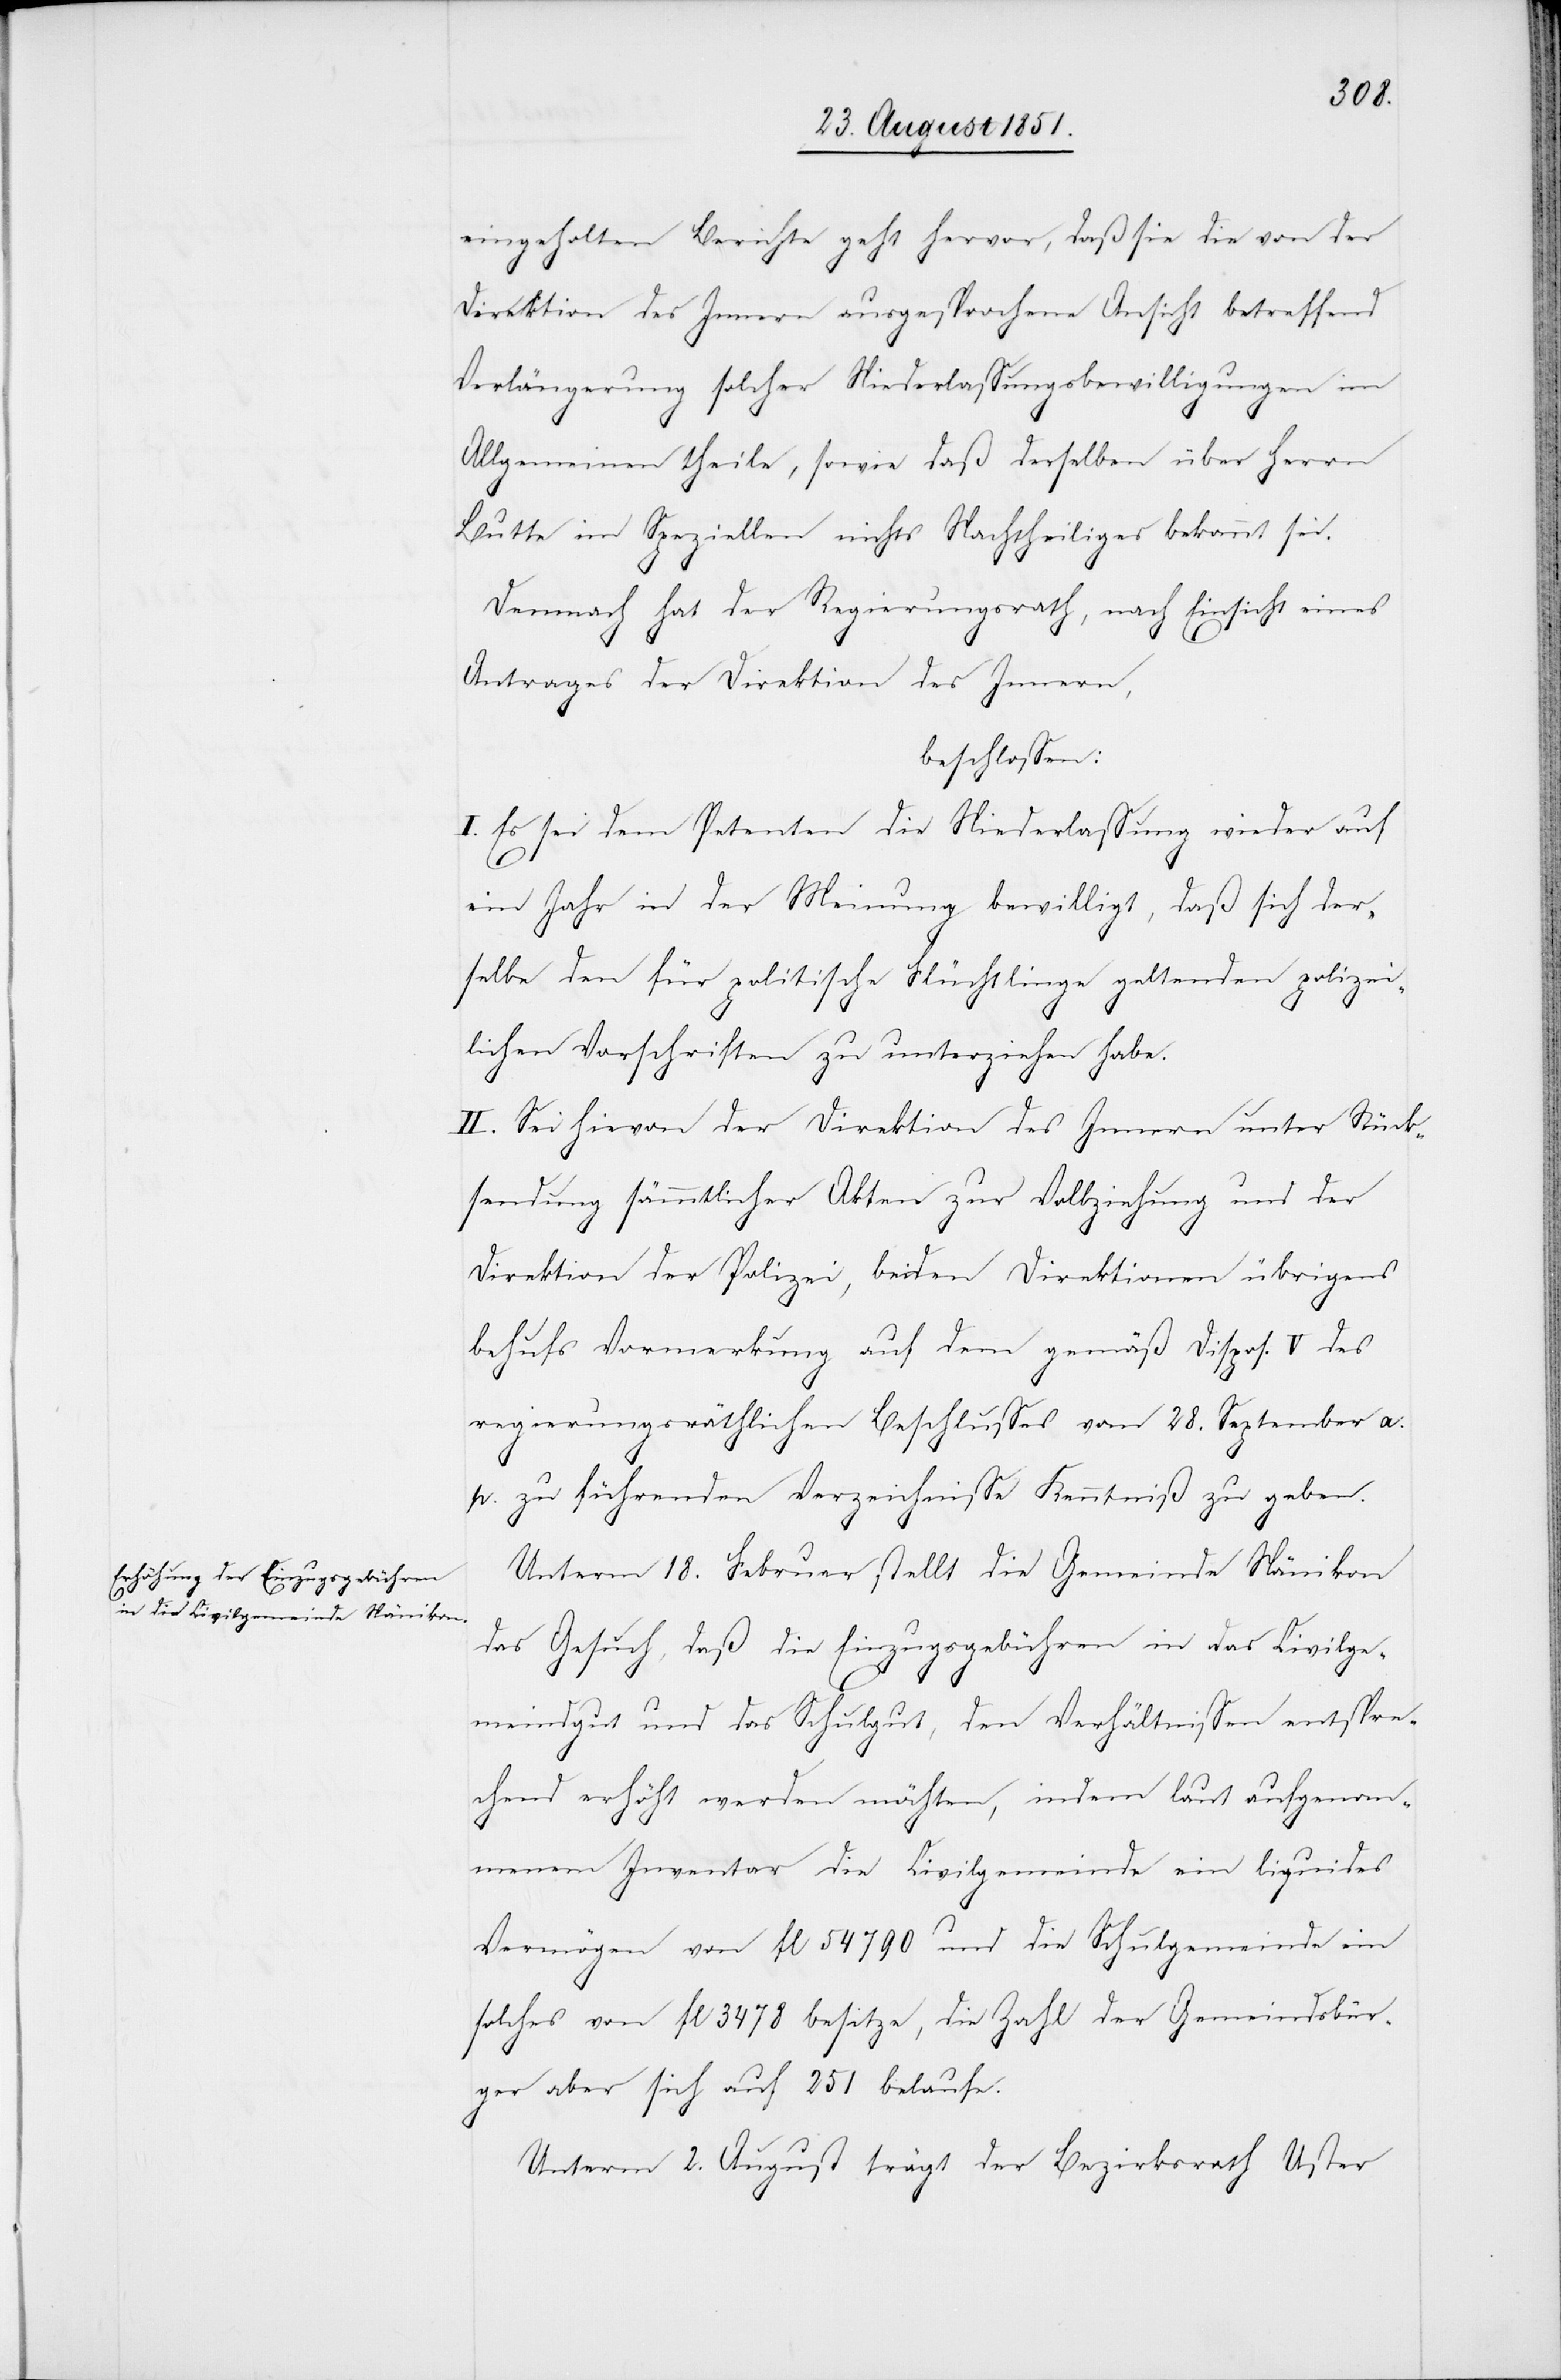
eingeholten Berichte geht hervor, daß sie die von der
Direktion des Innern ausgesprochene Ansicht betreffend
Verlängerung solcher Niederlassungsbewilligungen im
Allgemeinen theile, sowie daß derselben über Herrn
Butte im Speziellen nichts Nachtheiliges bekannt sei.
Demnach hat der Regierungsrath, nach Einsicht eines
Antrages der Direktion des Innern,
beschlossen:
I. Es sei dem Petenten die Niederlassung wieder auf
ein Jahr in der Meinung bewilligt, daß sich der¬
selbe den für politische Flüchtlinge geltenden polizei¬
lichen Vorschriften zu unterziehen habe.
II. Sei hievon der Direktion des Innern unter Rück¬
sendung sämmtlicher Akten zur Vollziehung und der
Direktion der Polizei, beiden Direktionen übrigens
behufs Vormerkung auf dem gemäß Dispos. V des
regierungsräthlichen Beschlusses vom 28. September a.
p. zu führenden Verzeichnisse Kenntniß zu geben.
Unterm 18. Februar stellt die Gemeinde Nänikon
das Gesuch, daß die Einzugsgebühren in das Civilge¬
meindgut und das Schulgut, den Verhältnissen entspre¬
chend erhöht werden möchten, indem laut aufgenom¬
menem Inventar die Civilgemeinde ein liquides
Vermögen von fl 54 790 und die Schulgemeinde ein
solches von fl 3478 besitze, die Zahl der Gemeindsbür¬
ger aber sich auf 251 belaufe.
Unterm 2. August trägt der Bezirksrath Uster